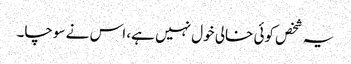
یہ شخص کوئی خالی خول نہیں ہے، اس نے سوچا۔